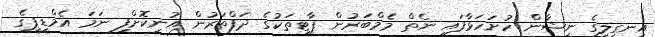
އިނގިލީގެ ނިޝާން ހުށަހަޅާފައި ނެތް މެމްބަރުން ޕާޓީތަކުގެ ދަފްތަރުން އުނިކޮށްފި ނަމަ އެމްޑީޕީގެ